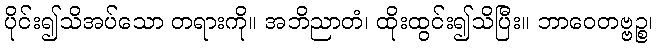
ပိုင်း၍သိအပ်သော တရားကို။ အဘိညာတံ၊ ထိုးထွင်း၍သိပြီး။ ဘာဝေတဗ္ဗဉ္စ၊